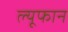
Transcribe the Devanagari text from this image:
ल्यूफान